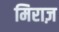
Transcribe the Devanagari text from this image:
मिराज़